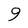
Character: 9